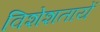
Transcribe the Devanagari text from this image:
विशेशतायें